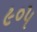
૯૦૫